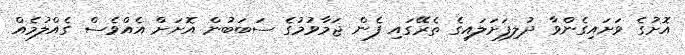
އޮށުގެ ވަށައިގެންވާ ދުލިފަށަލައިގެ ތެރޭގައި ފެން ޖަމާވުމުގެ ސަބަބުން އޮށަށް އެއްވެސް ގެއްލުމެއް